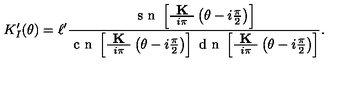
K _ { I } ^ { \prime } ( \theta ) = \ell ^ { \prime } \frac { \textrm { s n } \left[ \frac { \textbf { K } } { i \pi } \left( \theta - i \frac { \pi } { 2 } \right) \right] } { \textrm { c n } \left[ \frac { \textbf { K } } { i \pi } \left( \theta - i \frac { \pi } { 2 } \right) \right] \textrm { d n } \left[ \frac { \textbf { K } } { i \pi } \left( \theta - i \frac { \pi } { 2 } \right) \right] } .